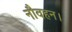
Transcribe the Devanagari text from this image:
नौवहन।